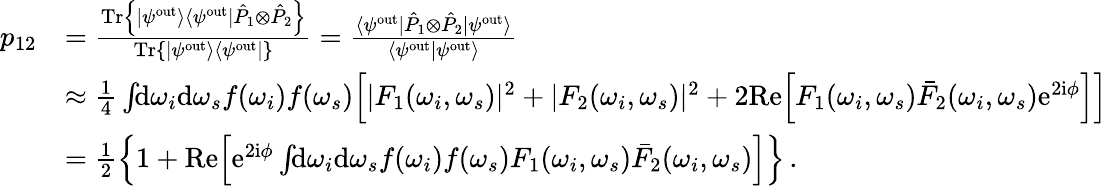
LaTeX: \begin{array}{rl}{p_{12}}&{=\frac{\mathrm{Tr}\left\{ |\psi^{\mathrm{out}}\rangle\langle\psi^{\mathrm{out}}|\hat{P}_{1}\otimes\hat{P}_{2}\right\} }{\mathrm{Tr}\left\{ |\psi^{\mathrm{out}}\rangle\langle\psi^{\mathrm{out}}|\right\} }=\frac{\langle\psi^{\mathrm{out}}|\hat{P}_{1}\otimes\hat{P}_{2}|\psi^{\mathrm{out}}\rangle}{\langle\psi^{\mathrm{out}}|\psi^{\mathrm{out}}\rangle}}\\ &{\approx\frac{1}{4}\int\! \! \mathrm{d}\omega_{i}\mathrm{d}\omega_{s}f(\omega_{i})f(\omega_{s})\Big[|F_{1}(\omega_{i},\omega_{s})|^{2}+|F_{2}(\omega_{i},\omega_{s})|^{2}+2\mathrm{Re}\Big[F_{1}(\omega_{i},\omega_{s})\bar{F}_{2}(\omega_{i},\omega_{s})\mathrm{e}^{2\mathrm{i}\phi}\Big]\Big]}\\ &{=\frac{1}{2}\left\{ 1+\mathrm{Re}\Big[\mathrm{e}^{2\mathrm{i}\phi}\int\! \! \mathrm{d}\omega_{i}\mathrm{d}\omega_{s}f(\omega_{i})f(\omega_{s})F_{1}(\omega_{i},\omega_{s})\bar{F}_{2}(\omega_{i},\omega_{s})\Big]\right\} \, .}\end{array}